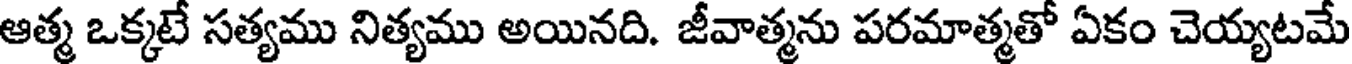
ఆత్మ ఒక్కటే సత్యము నిత్యము అయినది. జీవాత్మను పరమాత్మతో ఏకం చెయ్యటమే